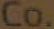
Co.